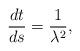
LaTeX: \begin{align*}\frac{dt}{ds}=\frac{1}{\lambda^{2}},\end{align*}